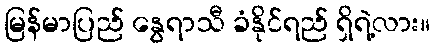
မြန်မာပြည် နွေရာသီ ခံနိုင်ရည် ရှိရဲ့လား။